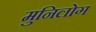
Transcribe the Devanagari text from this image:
मुनिलोग